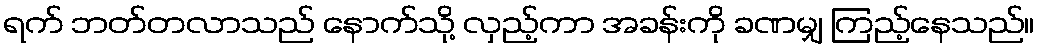
ရက် ဘတ်တလာသည် နောက်သို့ လှည့်ကာ အခန်းကို ခဏမျှ ကြည့်နေသည်။